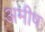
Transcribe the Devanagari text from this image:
अमीष